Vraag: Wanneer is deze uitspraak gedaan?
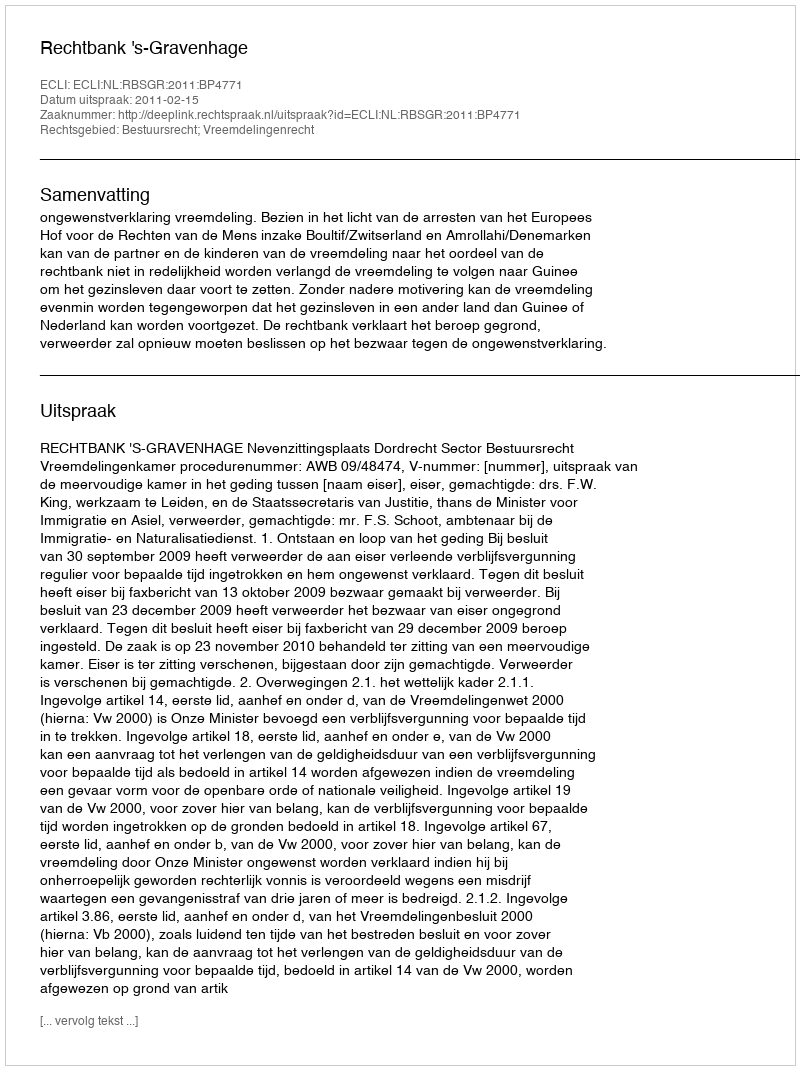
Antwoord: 2011-02-15